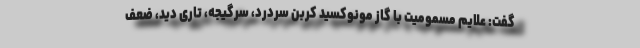
گفت: علایم مسمومیت با گاز مونوکسید کربن سردرد، سرگیجه، تاری دید، ضعف